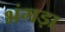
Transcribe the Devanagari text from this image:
भंगड़ा